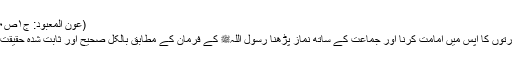
(عون المعبود: ج۱ص۲۳۰)
’’عورتوں کا آپس میں امامت کرنا اور جماعت کے ساتھ نماز پڑھنا رسول اللہﷺ کے فرمان کے مطابق بالکل صحیح اور ثابت شدہ حقیقت ہے۔